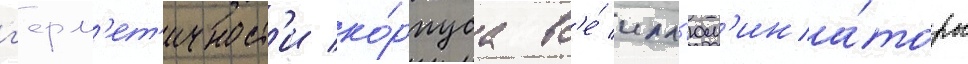
г'ерм'ет'ичност'и ко́рпуса вс'е́ илл'юм'ина́торы